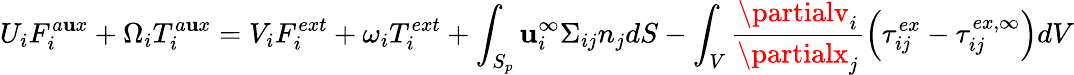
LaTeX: U_{i}F_{i}^{a\mathbf{u}x}+\Omega_{i}T_{i}^{a\mathbf{u}x}=V_{i}F_{i}^{ext}+\omega_{i}T_{i}^{ext}+\int_{S_{p}}\mathbf{u}_{i}^{\infty}\Sigma_{ij}n_{j}dS-\int_{V}\frac{{\partialv_{i}}}{{\partialx_{j}}}\left(\tau_{ij}^{ex}-\tau_{ij}^{ex,\infty}\right)dV